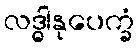
လဒ္ဓါနုပေက္ခံ